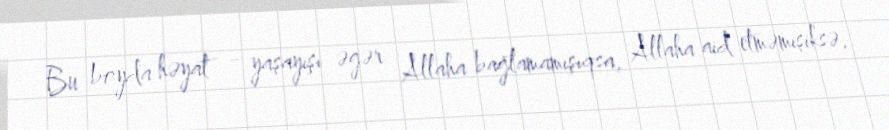
Bu boyda həyat - yaşayışı əgər Allaha bağlamamışıqsa, Allaha aid etməmişiksə,